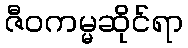
ဇီဝကမ္မဆိုင်ရာ